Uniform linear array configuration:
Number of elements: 24
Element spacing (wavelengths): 0.5
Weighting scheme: cosine
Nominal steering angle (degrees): -30
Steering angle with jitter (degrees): -29.243
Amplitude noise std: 0.05
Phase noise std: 0.05

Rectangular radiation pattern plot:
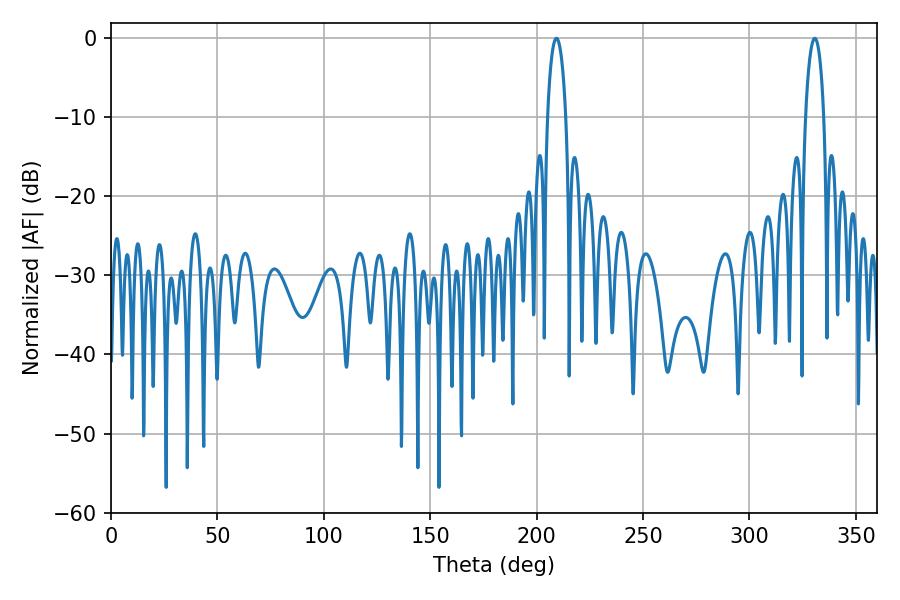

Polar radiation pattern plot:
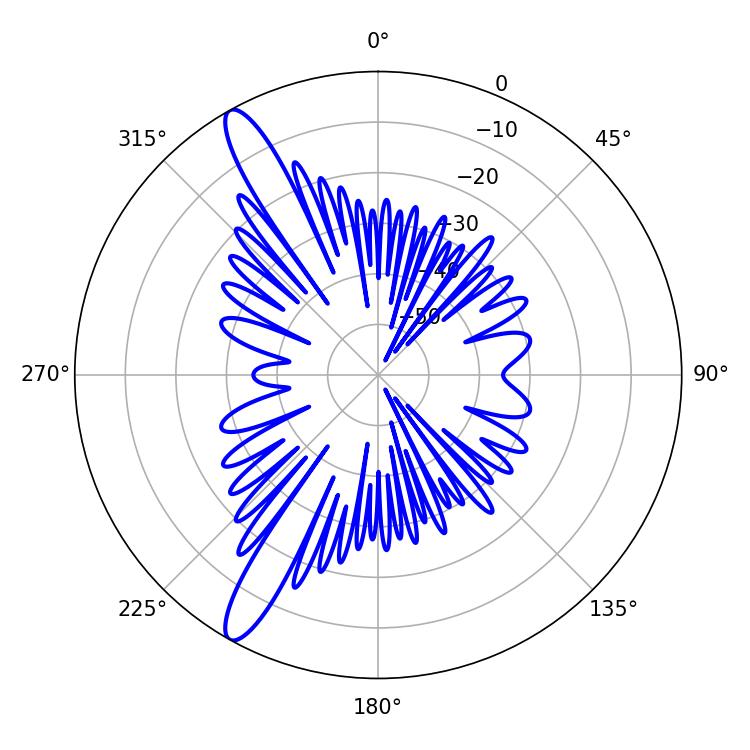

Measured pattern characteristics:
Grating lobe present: FALSE
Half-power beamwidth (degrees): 5.04
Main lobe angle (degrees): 330.66